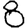
Digit: 8